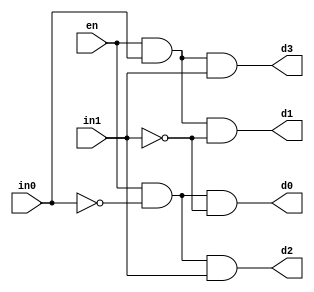
// Define a 2-4 decoder
module decoder_two_four (
    input in0,
    input in1,
    input en,
    output d0,
    output d1,
    output d2,
    output d3
);
    
    // Assigning the four outputs of the decoder given the two inputs and the enable signal

   assign d0 = en & (~in0) & (~in1) ;
   assign d1 = en & in0 & (~in1) ;
   assign d2 = en & (~in0) & in1 ;
   assign d3 = en & in0 & in1 ;
       
endmodule